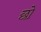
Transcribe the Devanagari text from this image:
छो़